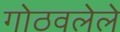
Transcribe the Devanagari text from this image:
गोठवलेले